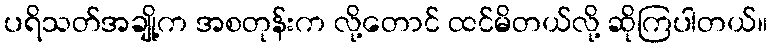
ပရိသတ်အချို့က အစတုန်းက လို့တောင် ထင်မိတယ်လို့ ဆိုကြပါတယ်။